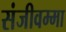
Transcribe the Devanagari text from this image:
संजीवम्मा